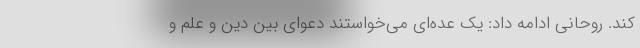
کند. روحانی ادامه داد: یک عده‌ای می‌خواستند دعوای بین دین و علم و